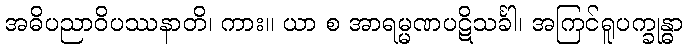
အဓိပညာဝိပဿနာတိ၊ ကား။ ယာ စ အာရမ္မဏပဋိသင်္ခါ၊ အကြင်ရူပက္ခုန္ဓာ